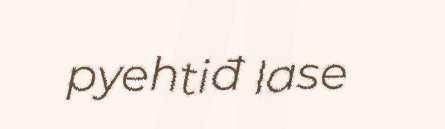
pyehtiđ lase